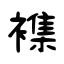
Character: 襍